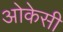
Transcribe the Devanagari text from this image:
ओकेसी